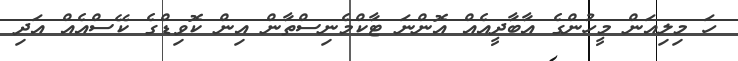
ހަ މިލިއަން މީހުންގެ އާބާާދީއެއް އޮންނަ ޓާކްމެނިސްތާން އިން ކޮވިޑްގެ ކޭސްއެއް އަދި